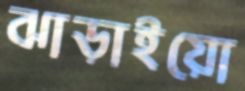
ঝাড়াইয়ো